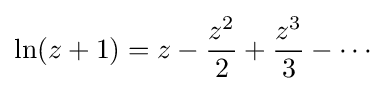
\ln(z+1)=z-{\frac {z^{2}}{2}}+{\frac {z^{3}}{3}}-\cdots